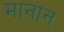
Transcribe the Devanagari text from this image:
मानान